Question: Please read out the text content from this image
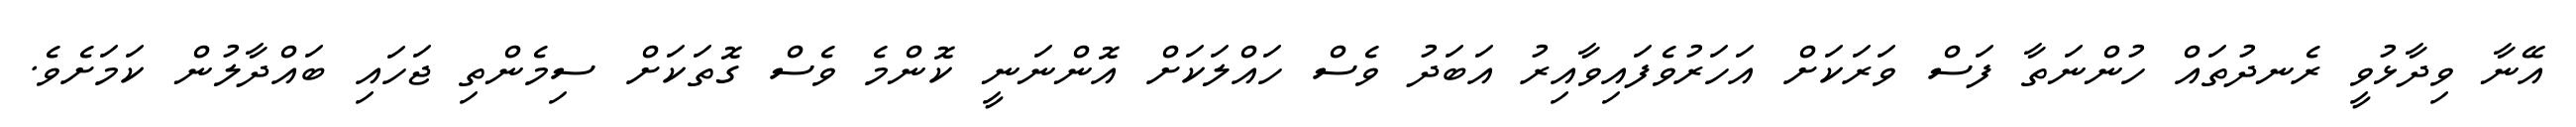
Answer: އޭނާ ވިދާޅުވީ ރެނދުތައް ހުންނަތާ ފަސް ވަރަކަށް އަހަރުވެފައިވާއިރު އަބަދު ވެސް ހައްލަކަށް އޮންނަނީ ކޮންމެ ވެސް ގޮތަކަށް ސިމެންތި ޖަހައި ބައްދާލުން ކަމަށެވެ.